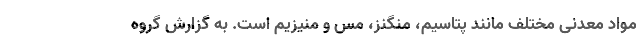
مواد معدنی مختلف مانند پتاسیم، منگنز، مس و منیزیم است. به گزارش گروه